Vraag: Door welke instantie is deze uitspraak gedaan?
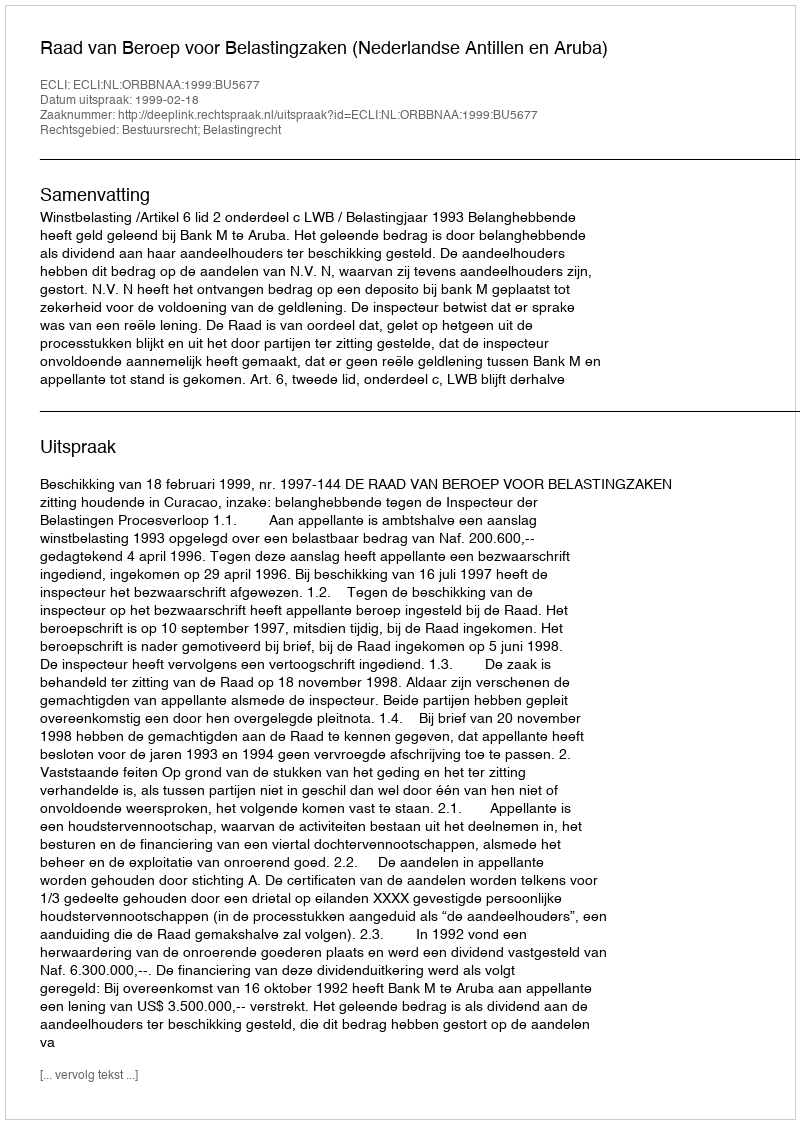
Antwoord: Raad van Beroep voor Belastingzaken (Nederlandse Antillen en Aruba)